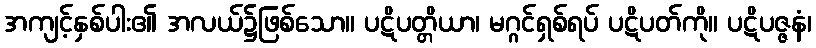
အကျင့်နှစ်ပါး၏ အလယ်၌ဖြစ်သော။ ပဋိပတ္တိယာ၊ မဂ္ဂင်ရှစ်ရပ် ပဋိပတ်ကို။ ပဋိပဇ္ဇနံ၊